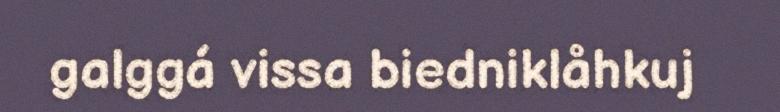
galggá vissa biedniklåhkuj